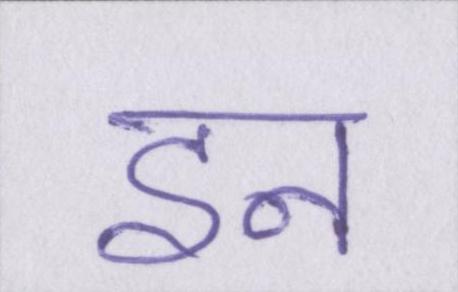
इन